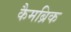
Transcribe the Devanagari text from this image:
कैमब्रिक